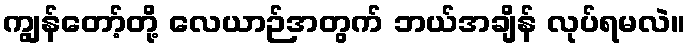
ကျွန်တော့်တို့ လေယာဉ်အတွက် ဘယ်အချိန် လုပ်ရမလဲ။